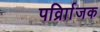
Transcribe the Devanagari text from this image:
पर्व्राािजक